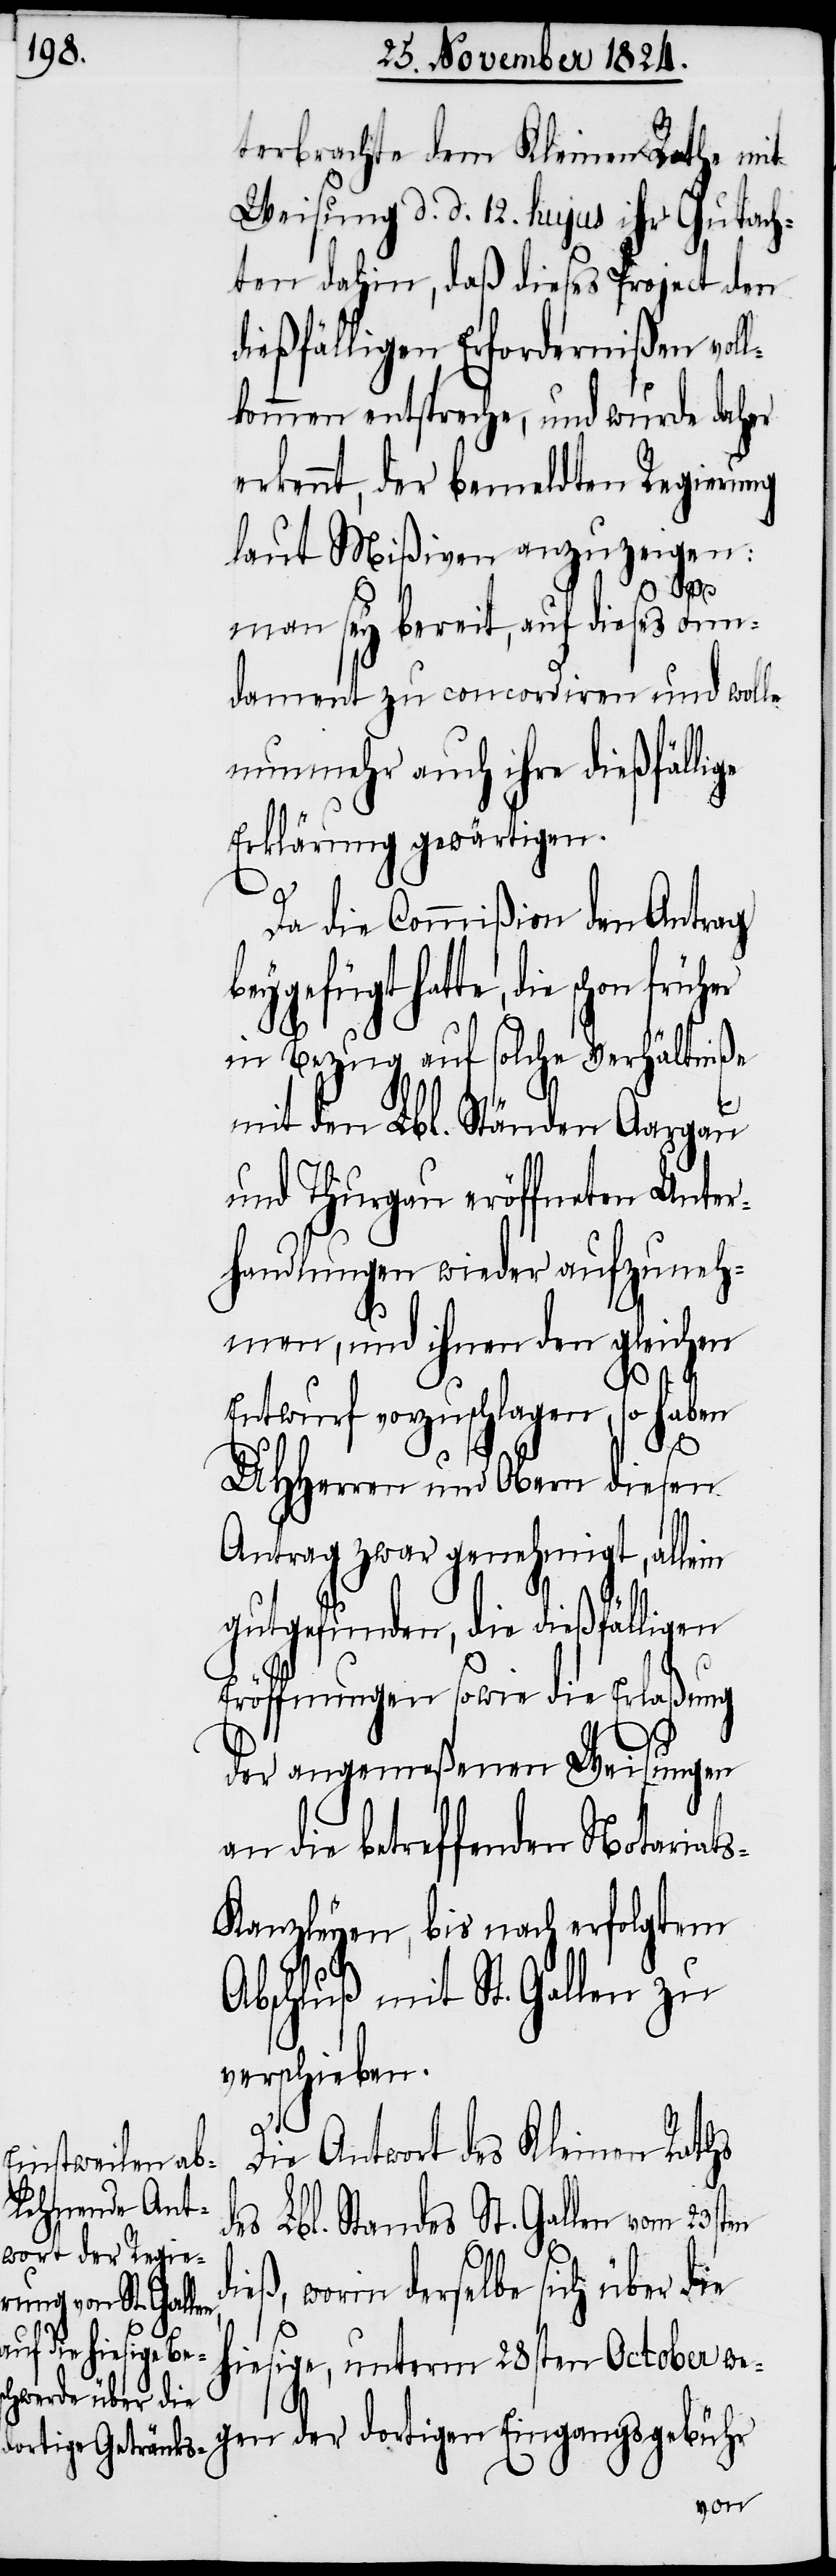
terbrachte dem Kleinen Rathe mit
Weisung d. d. 12. hujus ihr Gutach¬
ten dahin, daß dieses Project den
dießfälligen Erfordernißen vol¬
lkommen entspreche, und wurde daher
erkennt, der bemeldten Regierung
laut Mißiven anzuzeigen:
dor¬
man sey bereit, auf dieses Fun¬
dament zu concordiren und wolle
nunmehr auch ihre dießfälli¬
Erklärung gewärtigen.
Da die Commißion den Antrag
beygfügt hatte, die schon
in Bezug auf solche Verhältniße
mit den Lbl. Ständen Aargau
und Thurgau eröffneten Unter¬
handlungen wieder aufzuneh¬
men, und ihnen den gleichen
Entwurf vorzuschlagen, so haben
UHHerren und Obern diesen
Antrag zwar genehmigt, allein
gutgefunden, die dießfälligen
Eröffnungen sowie die Erlaßung
der angemeßenen Weisungen
die betreffenden Notariat¬
s-Kanzleyen, bis nach erfolgtem
Abschluß mit St. Gallen zu
verschieben.
Die Antwort des Kleinen Rathes
des Lbl. Standes St. Gallen vom 23sten
d¬
ieß, worin derselbe sich über die
ige, unterm 28sten October we¬
tigen